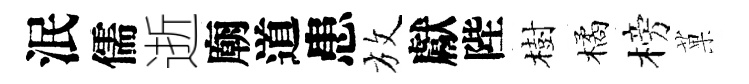
泯儒逝廟道患放獻陛樹橘榜菓